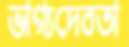
ভাগ্যদেবতা